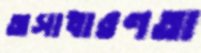
অসাধারণতা